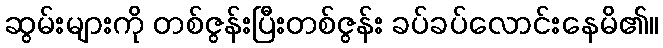
ဆွမ်းများကို တစ်ဇွန်းပြီးတစ်ဇွန်း ခပ်ခပ်လောင်းနေမိ၏။